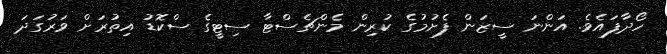
ހޯދާފައެވެ. އަންނަ ސީޒަން ފެށުމުގެ ކުރިން މެންޗެސްޓާ ސިޓީގެ ސްކޮޑު އިތުރަށް ވަރުގަދަ